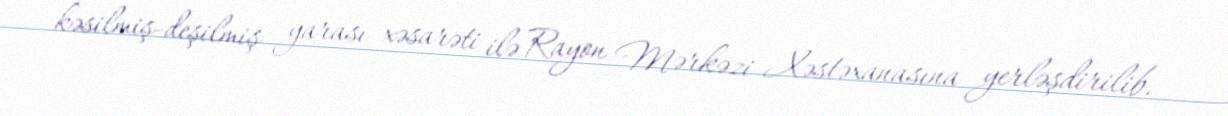
kəsilmiş-deşilmiş yarası xəsarəti ilə Rayon Mərkəzi Xəstəxanasına yerləşdirilib.